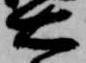
右